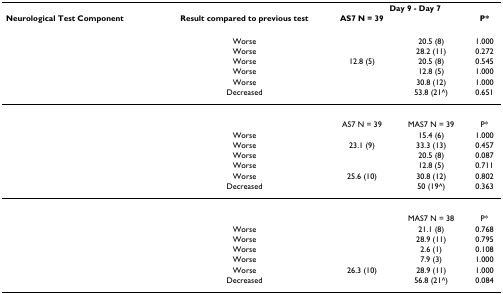
<table><thead><tr><td>[EMPTY_CELL]</td><td>[EMPTY_CELL]</td><td colspan="3"><b>Day 9 - Day 7</b></td></tr><tr><td><b>Neurological Test Component</b></td><td><b>Result compared to previous test</b></td><td><b>AS7 N = 39</b></td><td>[EMPTY_CELL]</td><td><b>P*</b></td></tr></thead><tbody><tr><td>[EMPTY_CELL]</td><td>Worse</td><td>[EMPTY_CELL]</td><td>20.5 (8)</td><td>1.000</td></tr><tr><td>[EMPTY_CELL]</td><td>Worse</td><td>[EMPTY_CELL]</td><td>28.2 (11)</td><td>0.272</td></tr><tr><td>[EMPTY_CELL]</td><td>Worse</td><td>12.8 (5)</td><td>20.5 (8)</td><td>0.545</td></tr><tr><td>[EMPTY_CELL]</td><td>Worse</td><td>[EMPTY_CELL]</td><td>12.8 (5)</td><td>1.000</td></tr><tr><td>[EMPTY_CELL]</td><td>Worse</td><td>[EMPTY_CELL]</td><td>30.8 (12)</td><td>1.000</td></tr><tr><td>[EMPTY_CELL]</td><td>Decreased</td><td>[EMPTY_CELL]</td><td>53.8 (21^)</td><td>0.651</td></tr><tr><td>[EMPTY_CELL]</td><td>[EMPTY_CELL]</td><td colspan="3">[EMPTY_CELL]</td></tr><tr><td>[EMPTY_CELL]</td><td>[EMPTY_CELL]</td><td>AS7 N = 39</td><td>MAS7 N = 39</td><td>P*</td></tr><tr><td>[EMPTY_CELL]</td><td>Worse</td><td>[EMPTY_CELL]</td><td>15.4 (6)</td><td>1.000</td></tr><tr><td>[EMPTY_CELL]</td><td>Worse</td><td>23.1 (9)</td><td>33.3 (13)</td><td>0.457</td></tr><tr><td>[EMPTY_CELL]</td><td>Worse</td><td>[EMPTY_CELL]</td><td>20.5 (8)</td><td>0.087</td></tr><tr><td>[EMPTY_CELL]</td><td>Worse</td><td>[EMPTY_CELL]</td><td>12.8 (5)</td><td>0.711</td></tr><tr><td>[EMPTY_CELL]</td><td>Worse</td><td>25.6 (10)</td><td>30.8 (12)</td><td>0.802</td></tr><tr><td>[EMPTY_CELL]</td><td>Decreased</td><td>[EMPTY_CELL]</td><td>50 (19^)</td><td>0.363</td></tr><tr><td>[EMPTY_CELL]</td><td>[EMPTY_CELL]</td><td colspan="3">[EMPTY_CELL]</td></tr><tr><td>[EMPTY_CELL]</td><td>[EMPTY_CELL]</td><td>[EMPTY_CELL]</td><td>MAS7 N = 38</td><td>P*</td></tr><tr><td>[EMPTY_CELL]</td><td>Worse</td><td>[EMPTY_CELL]</td><td>21.1 (8)</td><td>0.768</td></tr><tr><td>[EMPTY_CELL]</td><td>Worse</td><td>[EMPTY_CELL]</td><td>28.9 (11)</td><td>0.795</td></tr><tr><td>[EMPTY_CELL]</td><td>Worse</td><td>[EMPTY_CELL]</td><td>2.6 (1)</td><td>0.108</td></tr><tr><td>[EMPTY_CELL]</td><td>Worse</td><td>[EMPTY_CELL]</td><td>7.9 (3)</td><td>1.000</td></tr><tr><td>[EMPTY_CELL]</td><td>Worse</td><td>26.3 (10)</td><td>28.9 (11)</td><td>1.000</td></tr><tr><td>[EMPTY_CELL]</td><td>Decreased</td><td>[EMPTY_CELL]</td><td>56.8 (21^)</td><td>0.084</td></tr></tbody></table>